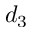
d _ { 3 }